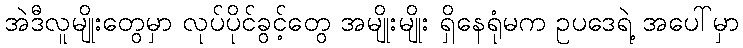
အဲဒီလူမျိုးတွေမှာ လုပ်ပိုင်ခွင့်တွေ အမျိုးမျိုး ရှိနေရုံမက ဥပဒေရဲ့ အပေါ်မှာ